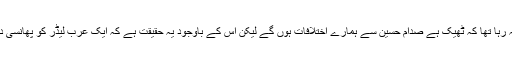
معمر قذافی کہہ رہا تھا کہ ٹھیک ہے صدام حسین سے ہمارے اختلافات ہوں گے لیکن اس کے باوجود یہ حقیقت ہے کہ ایک عرب لیڈر کو پھانسی دی امریکہ نے۔